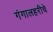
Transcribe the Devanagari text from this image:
गंगालहरीचे